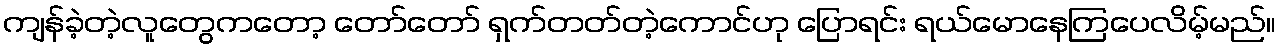
ကျန်ခဲ့တဲ့လူတွေကတော့ တော်တော် ရှက်တတ်တဲ့ကောင်ဟု ပြောရင်း ရယ်မောနေကြပေလိမ့်မည်။